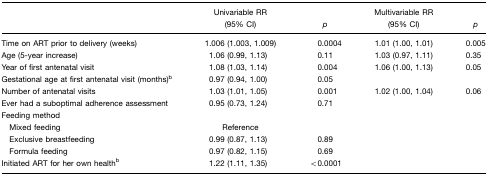
|  | Univariable RR (95% CI) | p | Multivariable RR (95% CI) | p |
 | --- | --- | --- | --- | --- |
 | Time on ART prior to delivery (weeks) | 1.006 (1.003, 1.009) | 0.0004 | 1.01 (1.00, 1.01) | 0.005 |
 | Age (5-year increase) | 1.06 (0.99, 1.13) | 0.11 | 1.03 (0.97, 1.11) | 0.35 |
 | Year of first antenatal visit | 1.08 (1.03, 1.14) | 0.004 | 1.06 (1.00, 1.13) | 0.05 |
 | Gestational age at first antenatal visit (months)b | 0.97 (0.94, 1.00) | 0.05 |  |  |
 | Number of antenatal visits | 1.03 (1.01, 1.05) | 0.001 | 1.02 (1.00, 1.04) | 0.06 |
 | Ever had a suboptimal adherence assessment | 0.95 (0.73, 1.24) | 0.71 |  |  |
 | Feeding method |  |  |  |  |
 | Mixed feeding | Reference |  |  |  |
 | Exclusive breastfeeding | 0.99 (0.87, 1.13) | 0.89 |  |  |
 | Formula feeding | 0.97 (0.82, 1.15) | 0.69 |  |  |
 | Initiated ART for her own healthb | 1.22 (1.11, 1.35) | <0.0001 |  |  |